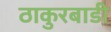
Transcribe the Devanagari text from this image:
ठाकुरबाडी